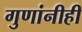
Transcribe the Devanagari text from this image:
गुणांनीही